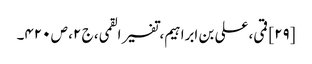
[۲۹] قمی، علی بن ابراہیم، تفسیر القمی، ج ۲، ص ۴۲۰۔